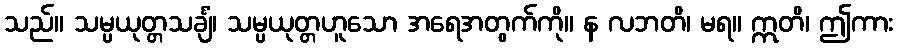
သည်။ သမ္ပယုတ္တသင်္ချံ၊ သမ္ပယုတ္တဟူသော အရေအတွက်ကို။ န လဘတိ၊ မရ။ ဣတိ၊ ဤကား